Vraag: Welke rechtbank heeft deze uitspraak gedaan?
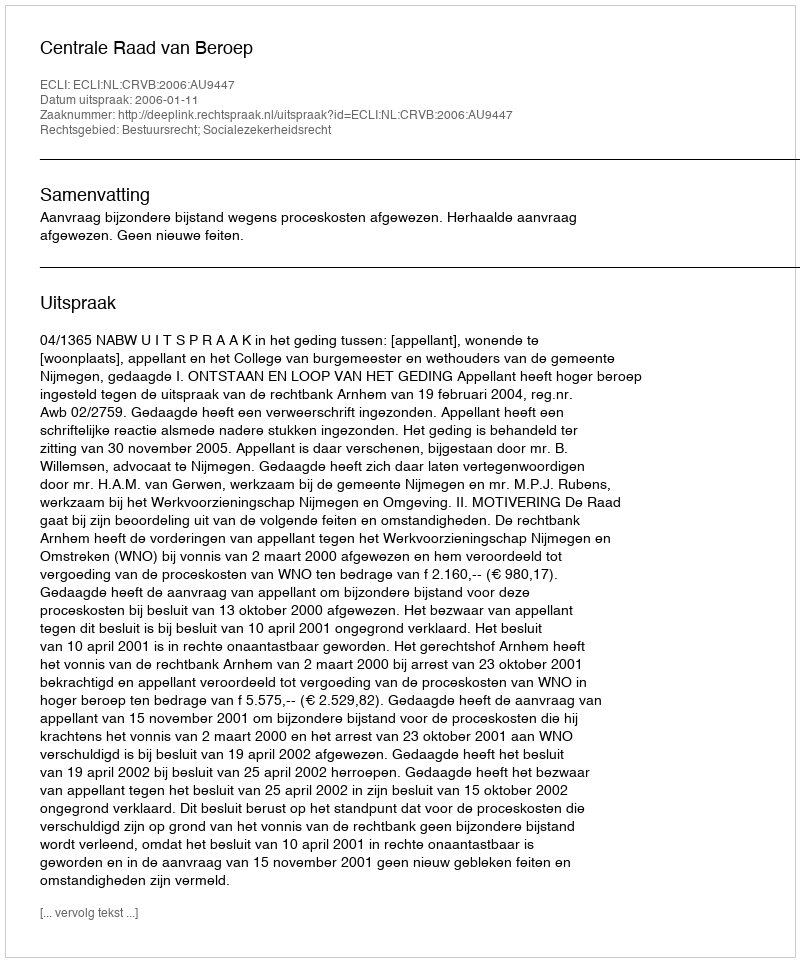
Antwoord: Centrale Raad van Beroep